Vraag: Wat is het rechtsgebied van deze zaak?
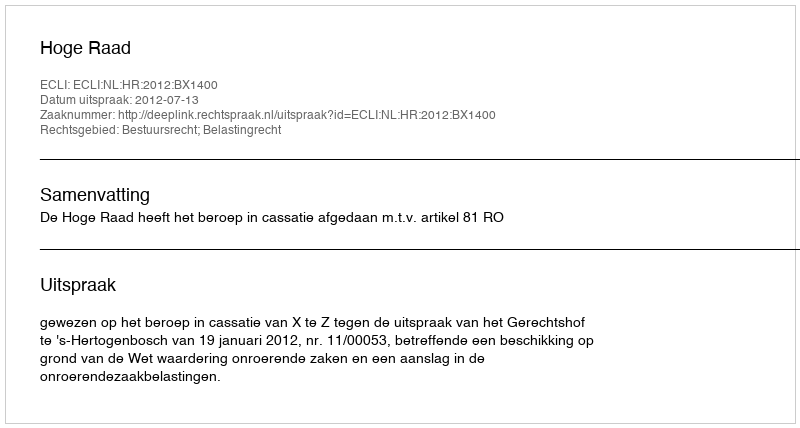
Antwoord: Bestuursrecht; Belastingrecht